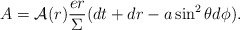
\begin{align*}A= {\cal A}(r)\frac {er}\Sigma (dt +dr - a \sin ^2 \theta d\phi).\end{align*}